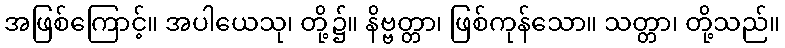
အဖြစ်ကြောင့်။ အပါယေသု၊ တို့၌။ နိဗ္ဗတ္တာ၊ ဖြစ်ကုန်သော။ သတ္တာ၊ တို့သည်။